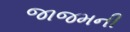
જાજમની